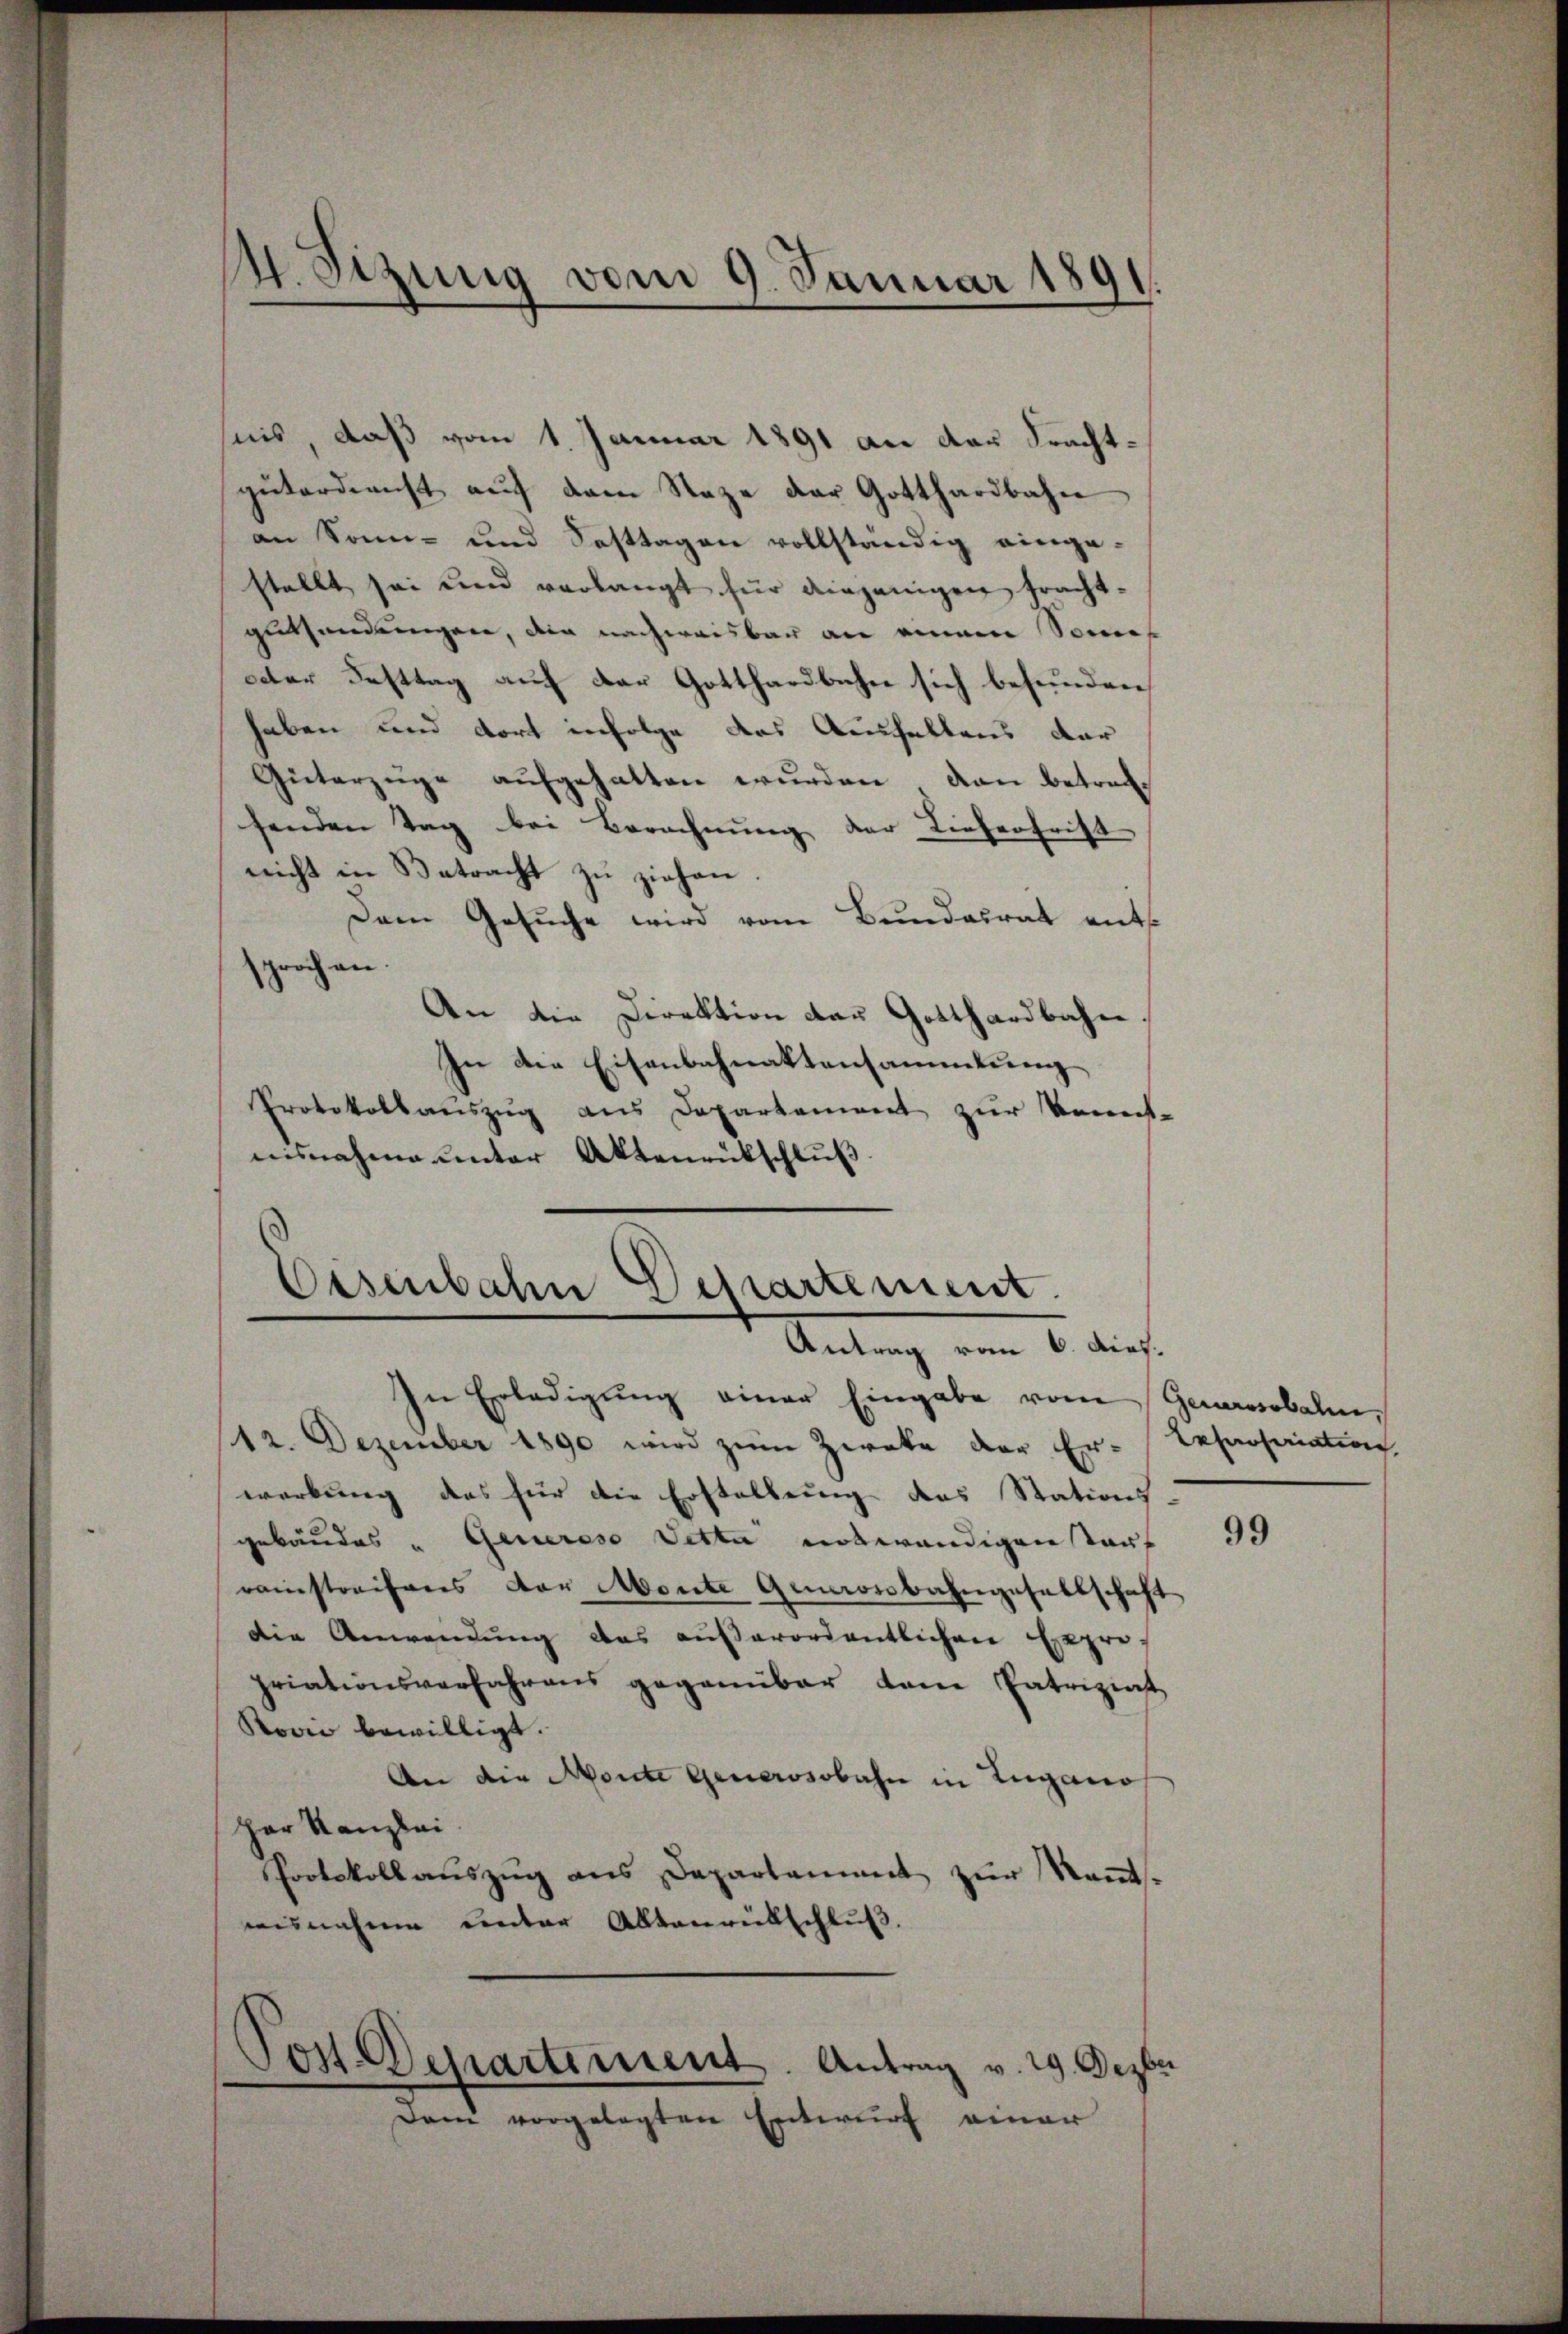
nis, daß vom 1. Januar 1891 an der Frachtgüterdienst auf dem Raze der Gotthardbahn
an Sonn- und Fasttagen vollständig eingestellt sei und verlangt für diejenigen trachtguthendungen, die nachweisbar an einem Sonn
ter Festtag auf der Gotthardbahn sich befunden,
haben und dort infolge das Aushaltens dar
Güterzüge aufgehalten wurden, dann betref-
senden Tag bei Berechnung der Lieferfrist
nicht in Betracht zu ziehen.
Dem Gesuche wird vom Bundesrat ents
och an
¬
An die Direktion der Gotthardbahn
In die Eisenbahnaktensammlung
Protokollauszug aus Departement zur Kennt-
nisnahme unter Aktenrütschluß.

14. Sizung vom 9. Januar 1891.

Eisenbahn Departement.
Antrag vom 6. dies.

In Erledigŭng einer Eingabe vom Gewerbahn,
12. Dezember 1890 wird zum Zweke der Er-
werbung des für die Erstellung des Stations
gebäudes " Generoso Vetta notwendigen Tauf
raustreifers der Monte Querossbahngesellschaft
die Anwendung das außerordentlichen Herre
priationsverfahrens gegenüber dem Patriziat
Rović bewilligt.
An die Monte Generosobahn in Lugano
Her Kanzlei
Protokoll aŭszŭg ans Departement zŭr Rams.
ausnahme unter Altenrütschluß.
Post Departement. Antrag v. 29. Dezbr
Dam vorgelegten Entwurf einer

Lesnotariation

99